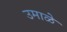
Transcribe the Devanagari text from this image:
उमाळे